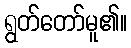
ရွတ်တော်မူ၏။